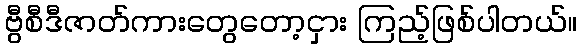
ဗွီစီဒီဇာတ်ကားတွေတော့ငှား ကြည့်ဖြစ်ပါတယ်။